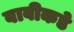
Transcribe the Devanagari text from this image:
बावीकडे